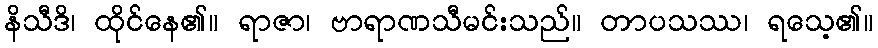
နိသီဒိ၊ ထိုင်နေ၏။ ရာဇာ၊ ဗာရာဏသီမင်းသည်။ တာပသဿ၊ ရသေ့၏။